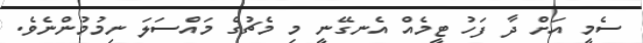
ސެމީ އަށް ދާ ފަހު ޓީމެއް އެނގޭނީ މި މެޗުގެ މައްސަލަ ނިމުމުންނެވެ.